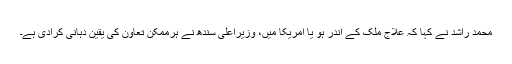
محمد راشد نے کہا کہ علاج ملک کے اندر ہو یا امریکا میں، وزیراعلیٰ سندھ نے ہرممکن تعاون کی یقین دہانی کرادی ہے۔